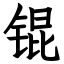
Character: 锟